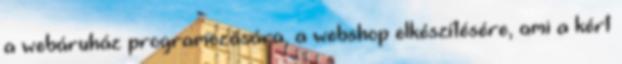
a webáruház programozására, a webshop elkészítésére, ami a kért